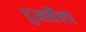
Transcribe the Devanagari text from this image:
दुआर्तेला